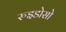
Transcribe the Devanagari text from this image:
रुइडोसो